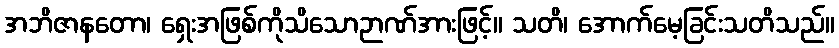
အဘိဇာနတော၊ ရှေးအဖြစ်ကိုသိသောဉာဏ်အားဖြင့်။ သတိ၊ အောက်မေ့ခြင်းသတိသည်။